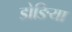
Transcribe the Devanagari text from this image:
डोङिया